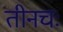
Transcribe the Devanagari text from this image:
तीनचः